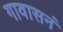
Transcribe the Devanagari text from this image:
गावासनं